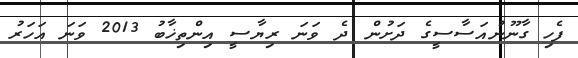
ފެހި ގާނޫނުއަސާސީގެ ދަށުން ދެ ވަނަ ރިޔާސީ އިންތިޚާބު 2013 ވަނަ އަހަރު